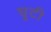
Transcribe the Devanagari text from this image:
घूटी